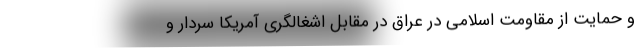
و حمایت از مقاومت اسلامی در عراق در مقابل اشغالگری آمریکا سردار و